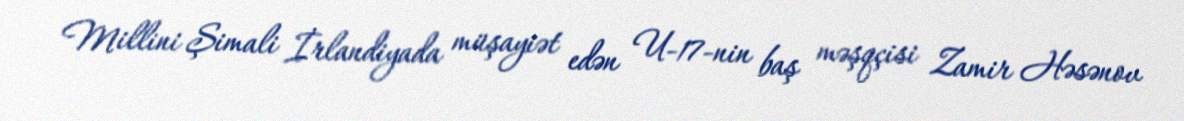
Millini Şimali İrlandiyada müşayiət edən U-17-nin baş məşqçisi Zamir Həsənov